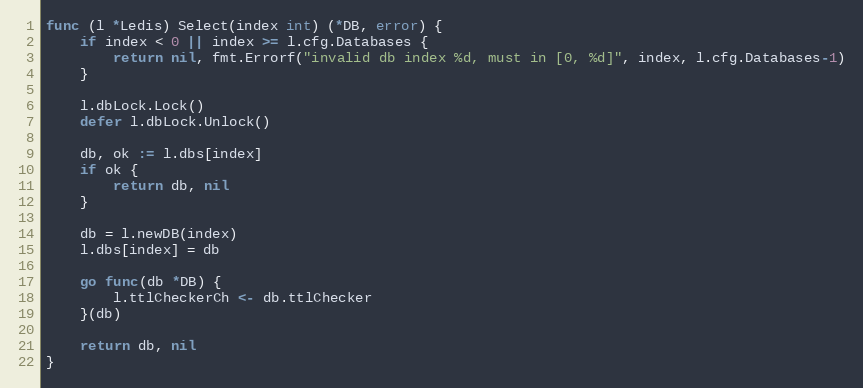
Language: Go
func (l *Ledis) Select(index int) (*DB, error) {
	if index < 0 || index >= l.cfg.Databases {
		return nil, fmt.Errorf("invalid db index %d, must in [0, %d]", index, l.cfg.Databases-1)
	}

	l.dbLock.Lock()
	defer l.dbLock.Unlock()

	db, ok := l.dbs[index]
	if ok {
		return db, nil
	}

	db = l.newDB(index)
	l.dbs[index] = db

	go func(db *DB) {
		l.ttlCheckerCh <- db.ttlChecker
	}(db)

	return db, nil
}